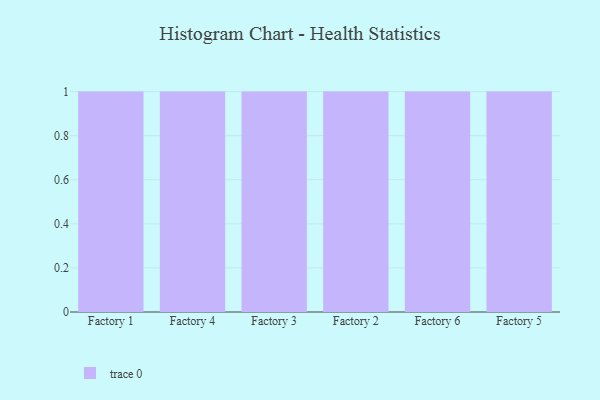
{"axis": {"x": "Factory", "y": "LTV (USD)"}, "legend": [""], "data": [{"x": "Factory 1", "y": 69, "type": ""}, {"x": "Factory 4", "y": 50, "type": ""}, {"x": "Factory 3", "y": 23, "type": ""}, {"x": "Factory 2", "y": 45, "type": ""}, {"x": "Factory 6", "y": 93, "type": ""}, {"x": "Factory 5", "y": 88, "type": ""}]}